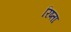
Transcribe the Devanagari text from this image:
रिष्ता